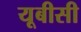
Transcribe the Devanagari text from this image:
यूबीसी